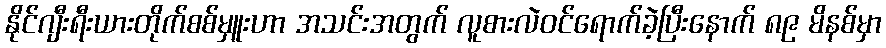
နိုင်ဂျီးရီးယားတိုက်စစ်မှူးဟာ အသင်းအတွက် လူစားလဲဝင်ရောက်ခဲ့ပြီးနောက် ၈၉ မိနစ်မှာ